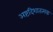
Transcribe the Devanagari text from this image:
अष्टदिशातत्मक